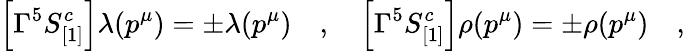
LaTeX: \left[\Gamma^{5}S_{[1]}^{c}\right]\lambda(p^{\mu})=\pm\lambda(p^{\mu})\quad,\quad\left[\Gamma^{5}S_{[1]}^{c}\right]\rho(p^{\mu})=\pm\rho(p^{\mu})\quad,